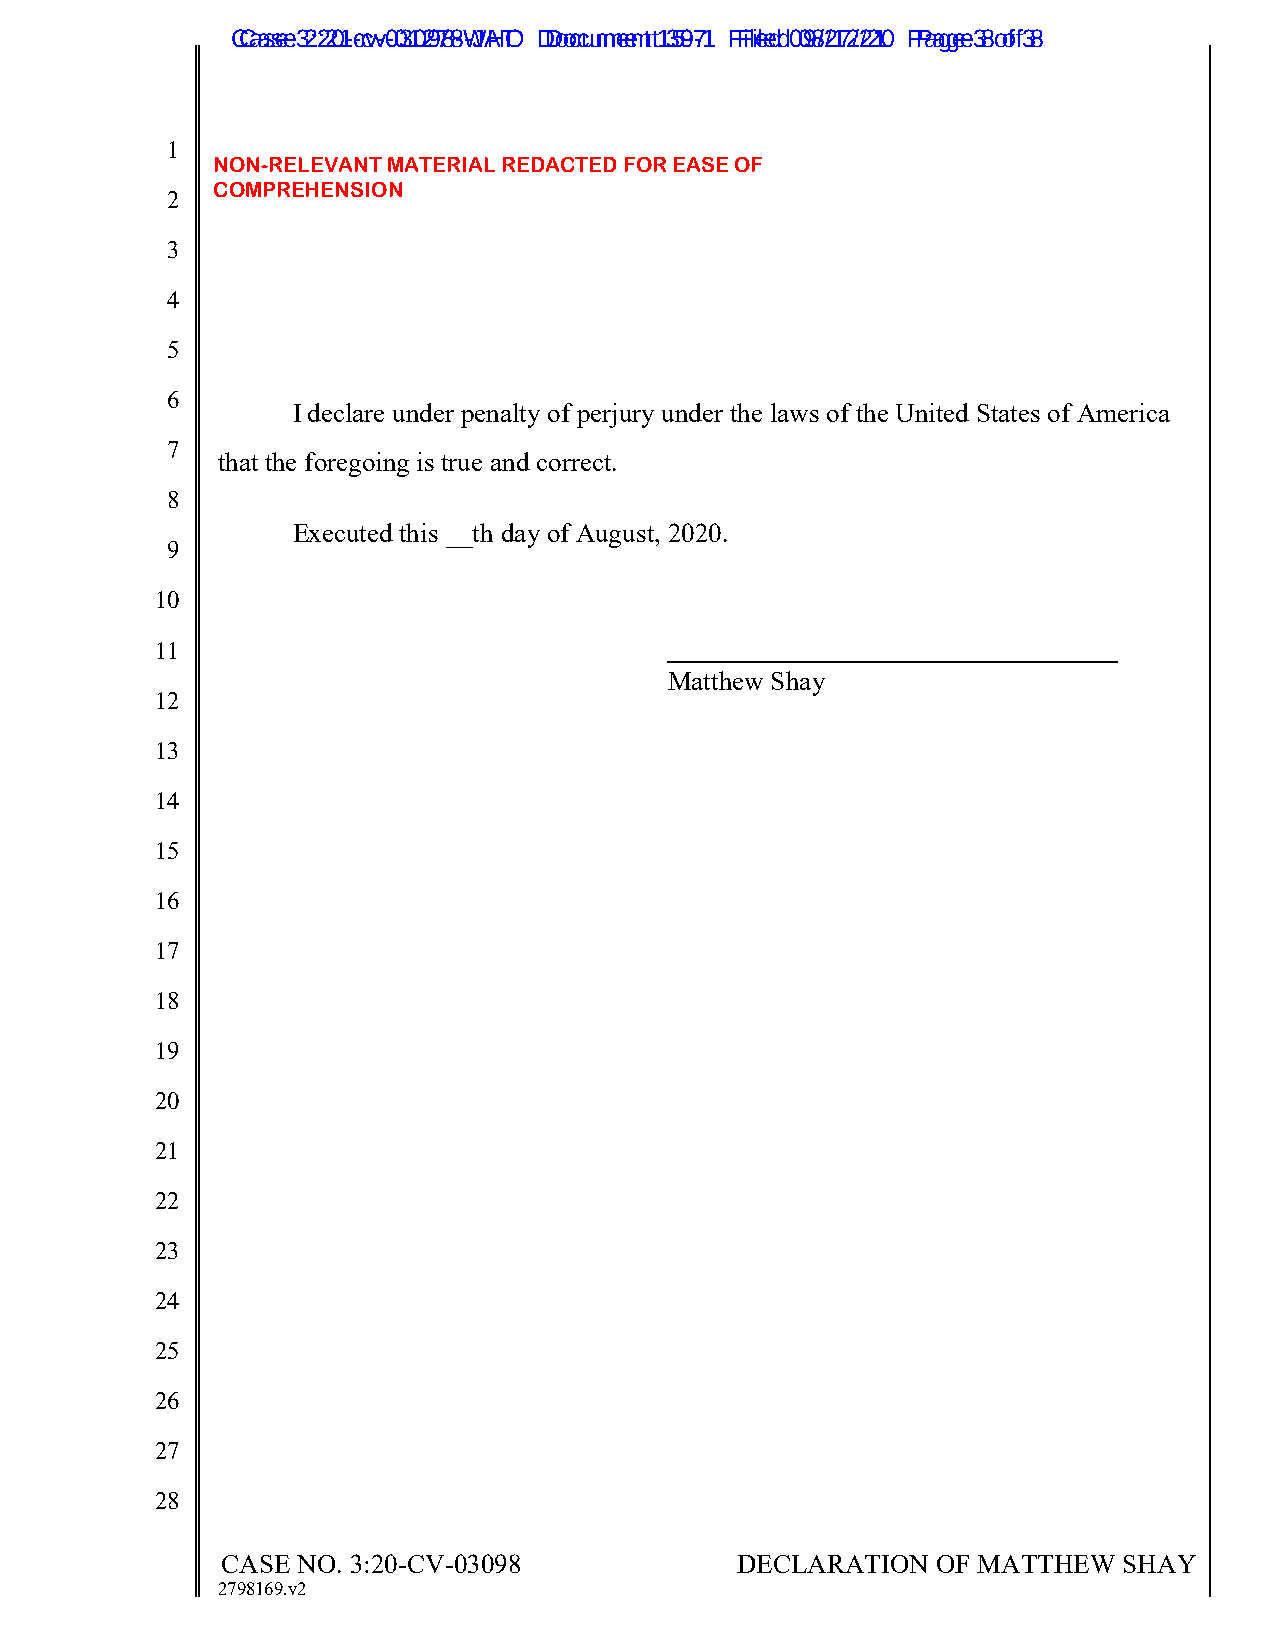
CCaassee 3 2:2:201--ccvv--0031029788--WJAHTO D Dooccuummeennt t1 359-7-1 F Filieledd 0 098/2/172/2/210 P Paaggee 3 8 o of f3 8
 1
 NON-RELEVANT MATERIAL REDACTED FOR EASE OF
 COMPREHENSION
 2
 3
 4
 5
 6
 I declare under penalty of perjury under the laws of the United States of America
 7
 that the foregoing is true and correct.
 8
 Executed this 1_2_th day of August, 2020.
 9
 10
 11
 Matthew Shay
 12
 13
 14
 15
 16
 17
 18
 19
 20
 21
 22
 23
 24
 25
 26
 27
 28
 CASE NO. 3:20-CV-03098            DECLARATION  OF MATTHEW  SHAY
 2798169.v2